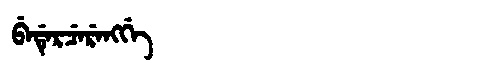
Manchu: ᠪᡝᡩᡝᡵᠴᡝᡵᡝᠩᡤᡝ
Romanization: BEDERCERENGGE